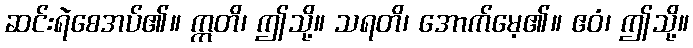
ဆင်းရဲစေအပ်၏။ ဣတိ၊ ဤသို့။ သရတိ၊ အောက်မေ့၏။ ဧဝံ၊ ဤသို့။